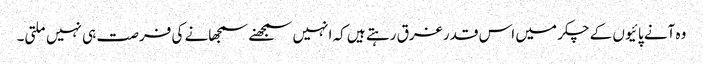
وہ آنے پائیوں کے چکر میں اس قدر غرق رہتے ہیں کہ انہیں سمجھنے سمجھانے کی فرصت ہی نہیں ملتی۔